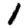
Digit: 1